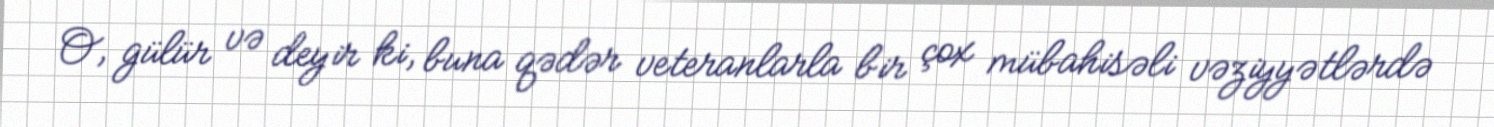
O, gülür və deyir ki, buna qədər veteranlarla bir çox mübahisəli vəziyyətlərdə